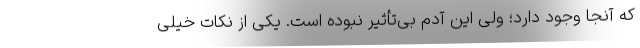
که آنجا وجود دارد؛ ولی این آدم بی‌تأثیر نبوده است. یکی از نکات خیلی